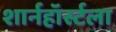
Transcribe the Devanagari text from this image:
शार्नहॉर्स्टला